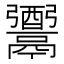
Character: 𩱗